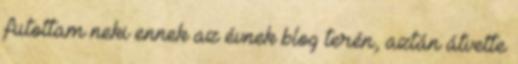
futottam neki ennek az évnek blog terén, aztán átvette